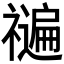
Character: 𮂝